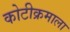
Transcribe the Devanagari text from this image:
कोटीक्रमाला